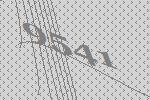
9541